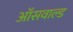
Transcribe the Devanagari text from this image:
ऑसवाल्ड